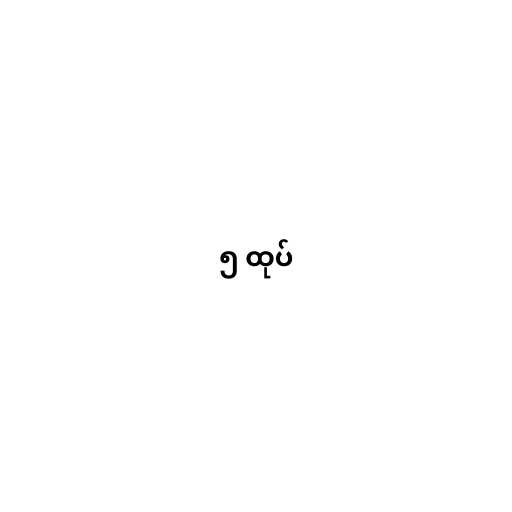
၅ ထုပ်